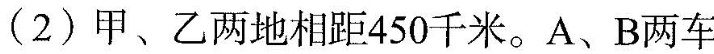
(2)甲、乙两地相距450千米。A、B两车